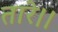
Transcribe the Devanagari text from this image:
तारे।।